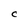
Character: C